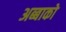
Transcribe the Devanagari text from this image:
अब्बाको